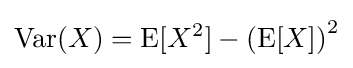
\operatorname {Var} (X)=\operatorname {E} [X^{2}]-\left(\operatorname {E} [X]\right)^{2}